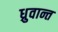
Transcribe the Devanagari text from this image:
ध्रुवान्त